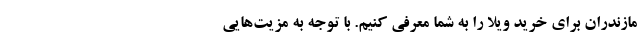
مازندران برای خرید ویلا را به شما معرفی کنیم. با توجه به مزیت­‌هایی